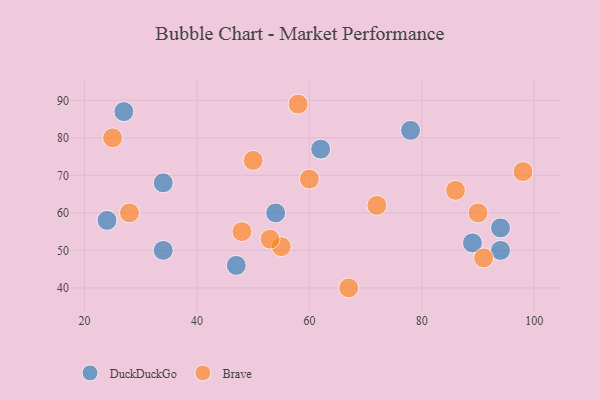
{"axis": {"x": "GDP", "y": "Life Expectancy"}, "legend": ["Brave", "DuckDuckGo"], "data": [{"x": "78", "y": 82, "type": "DuckDuckGo"}, {"x": "94", "y": 56, "type": "DuckDuckGo"}, {"x": "24", "y": 58, "type": "DuckDuckGo"}, {"x": "27", "y": 87, "type": "DuckDuckGo"}, {"x": "47", "y": 46, "type": "DuckDuckGo"}, {"x": "89", "y": 52, "type": "DuckDuckGo"}, {"x": "62", "y": 77, "type": "DuckDuckGo"}, {"x": "54", "y": 60, "type": "DuckDuckGo"}, {"x": "34", "y": 68, "type": "DuckDuckGo"}, {"x": "94", "y": 50, "type": "DuckDuckGo"}, {"x": "34", "y": 50, "type": "DuckDuckGo"}, {"x": "86", "y": 66, "type": "Brave"}, {"x": "50", "y": 74, "type": "Brave"}, {"x": "91", "y": 48, "type": "Brave"}, {"x": "28", "y": 60, "type": "Brave"}, {"x": "67", "y": 40, "type": "Brave"}, {"x": "55", "y": 51, "type": "Brave"}, {"x": "25", "y": 80, "type": "Brave"}, {"x": "53", "y": 53, "type": "Brave"}, {"x": "48", "y": 55, "type": "Brave"}, {"x": "58", "y": 89, "type": "Brave"}, {"x": "90", "y": 60, "type": "Brave"}, {"x": "72", "y": 62, "type": "Brave"}, {"x": "98", "y": 71, "type": "Brave"}, {"x": "60", "y": 69, "type": "Brave"}]}